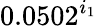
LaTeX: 0.0502^{i_{1}}